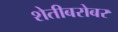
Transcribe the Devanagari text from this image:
शेतीबरोबर